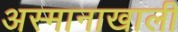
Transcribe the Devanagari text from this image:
अस्मानाखाली